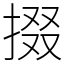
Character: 掇